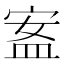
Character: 䀂